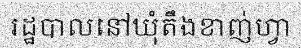
រដ្ឋបាលនៅឃុំតឹងខាញ់ហ្វា